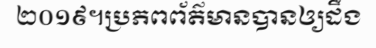
២០១៩។ប្រភពព័ត៌មានបានឲ្យដឹង